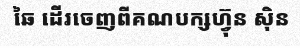
ឆៃ ដើរចេញពីគណបក្សហ្វ៊ុន ស៊ិន